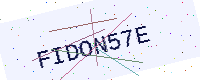
Text: FIDON57E